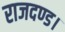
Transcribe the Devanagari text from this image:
राजदण्ड।